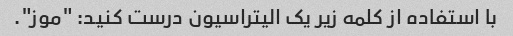
با استفاده از کلمه زیر یک الیتراسیون درست کنید: "موز".